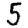
Digit: 5